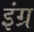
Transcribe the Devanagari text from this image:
इंग्र